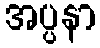
အပ္ပနာ